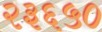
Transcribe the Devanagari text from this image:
२३६५०